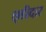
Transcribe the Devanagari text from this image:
छ्डीदार